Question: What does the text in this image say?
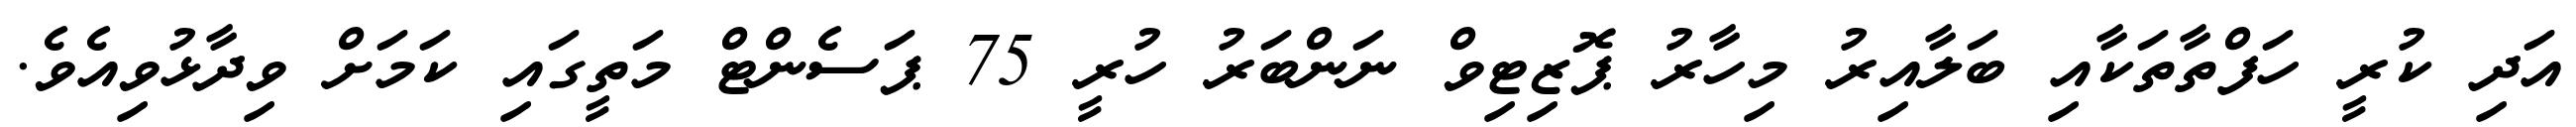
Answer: އަދި ކުރީ ހަފްތާތަކާއި ބަލާއިރު މިހާރު ޕޮޒިޓިވް ނަންބަރު ހުރީ 75 ޕަސެންޓް މަތީގައި ކަމަށް ވިދާޅުވިއެވެ.